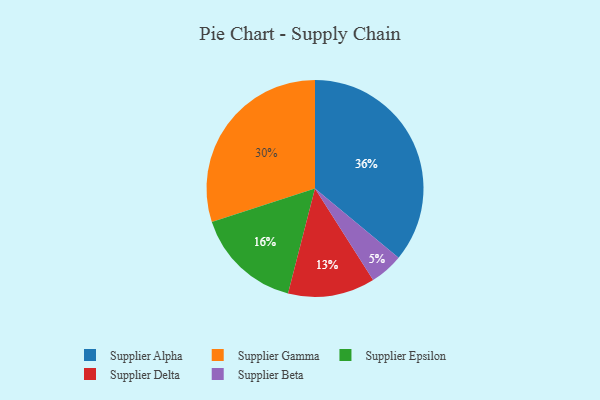
{"axis": {"x": "Category", "y": "Percentage"}, "legend": ["Supplier Alpha", "Supplier Beta", "Supplier Delta", "Supplier Epsilon", "Supplier Gamma"], "data": [{"x": "Supplier Alpha", "y": 36, "type": "Supplier Alpha"}, {"x": "Supplier Gamma", "y": 30, "type": "Supplier Gamma"}, {"x": "Supplier Epsilon", "y": 16, "type": "Supplier Epsilon"}, {"x": "Supplier Beta", "y": 5, "type": "Supplier Beta"}, {"x": "Supplier Delta", "y": 13, "type": "Supplier Delta"}]}